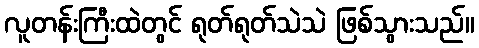
လူတန်းကြီးထဲတွင် ရုတ်ရုတ်သဲသဲ ဖြစ်သွားသည်။